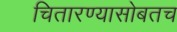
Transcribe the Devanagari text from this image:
चितारण्यासोबतच